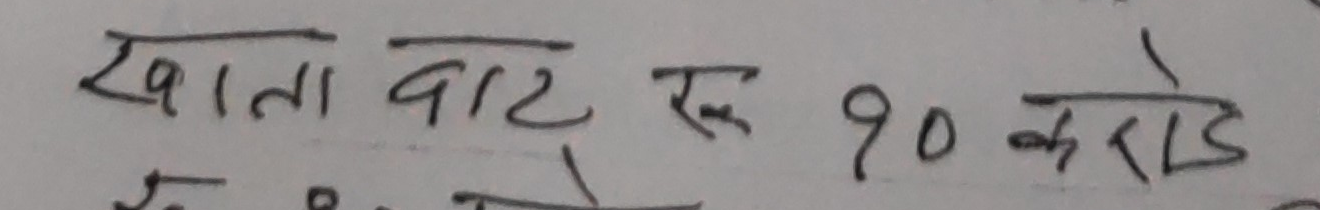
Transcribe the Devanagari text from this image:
खाता वाट रू ९० करोड